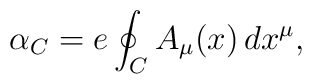
\alpha_C = e \oint_C A_\mu(x)\, dx^\mu,